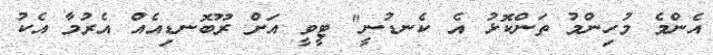
އެންމެ މުހިންމު ތަންކޮޅު އެ ކެނޑުނީ" ޓީވީ އަށް ރޫބޮނޑިއެއް އެރުމާ އެކު